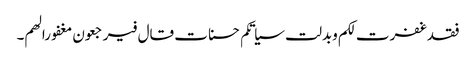
فقد غفرت لکم وبدلت سیاتکم حسنات قال فیرجعون مغفورا لھم۔